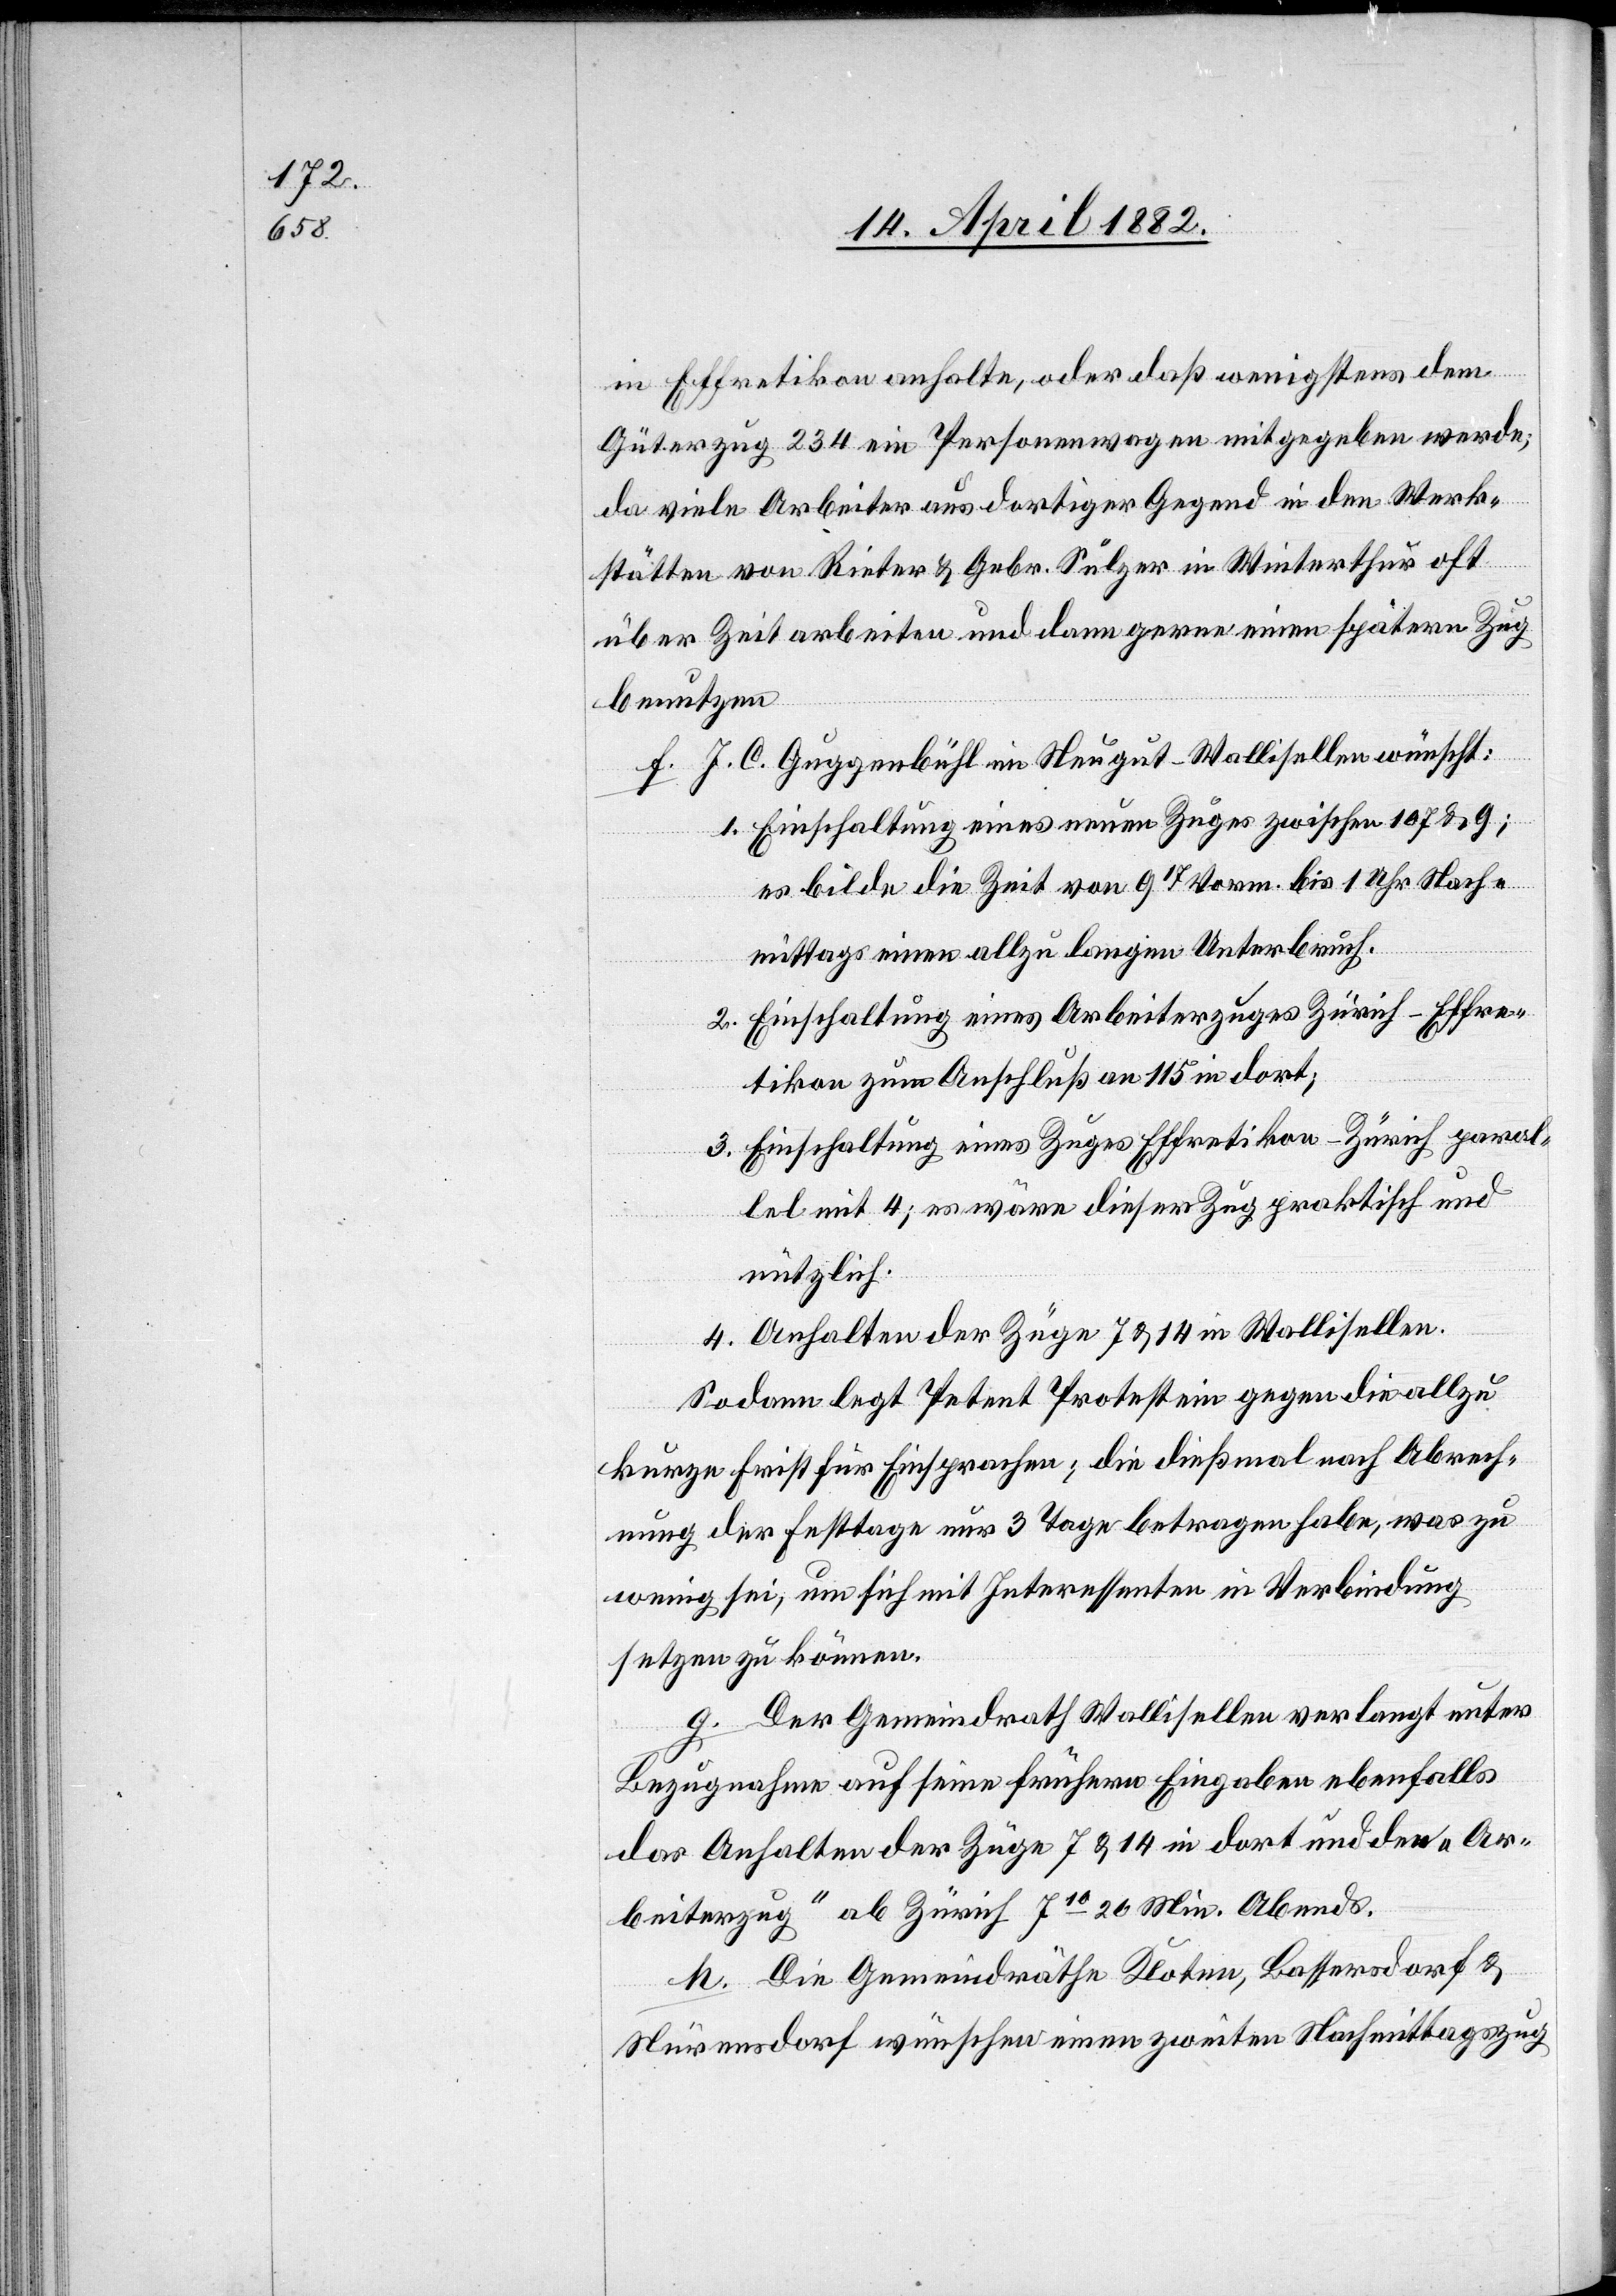
in Effretikon anhalte, oder daß wenigstens dem
Güterzug 234 ein Personenwagen mitgegeben werde;
da viele Arbeiter aus dortiger Gegend in den Werk¬
stätten von Rieter & Gebr. Sulzer in Winterthur oft
über Zeit arbeiten und dann gerne einen spätern Zug
benutzen
f. J. C. Guggenbühl im Neugut - Wallisellen wünscht:
Einschaltung eines neuen Zuges zwischen 107 & 9;
es bilde die Zeit von 917 Vorm. bis 1 Uhr Nach¬
mittags einen allzu langen Unterbruch.
Einschaltung eines Arbeiterzuges Zürich–Effre¬
tikon zum Anschluß an 115 in dort;
Einschaltung eines Zuges Effretikon–Zürich paral¬
lel mit 4; es wäre dieser Zug praktisch und
nützlich.
Anhalten der Züge 7 & 14 in Wallisellen.
Sodann legt Petent Protest ein gegen die allzu
kurze Frist für Einsprachen; die dießmal nach Abrech¬
nung der Festtage nur 3 Tage betragen habe, was zu
wenig sei, um sich mit Interessenten in Verbindung
setzen zu können.
g. Der Gemeindrath Wallisellen verlangt unter
Bezugnahme auf seine frühern Eingaben ebenfalls
das Anhalten der Züge 7 & 14 in dort und den „Ar¬
beiterzug“ ab Zürich 710 20 Min. Abends.
h. Die Gemeindräthe Kloten, Bassersdorf &
Nürensdorf wünschen einen zweiten Nachmittagszug